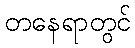
တနေရာတွင်